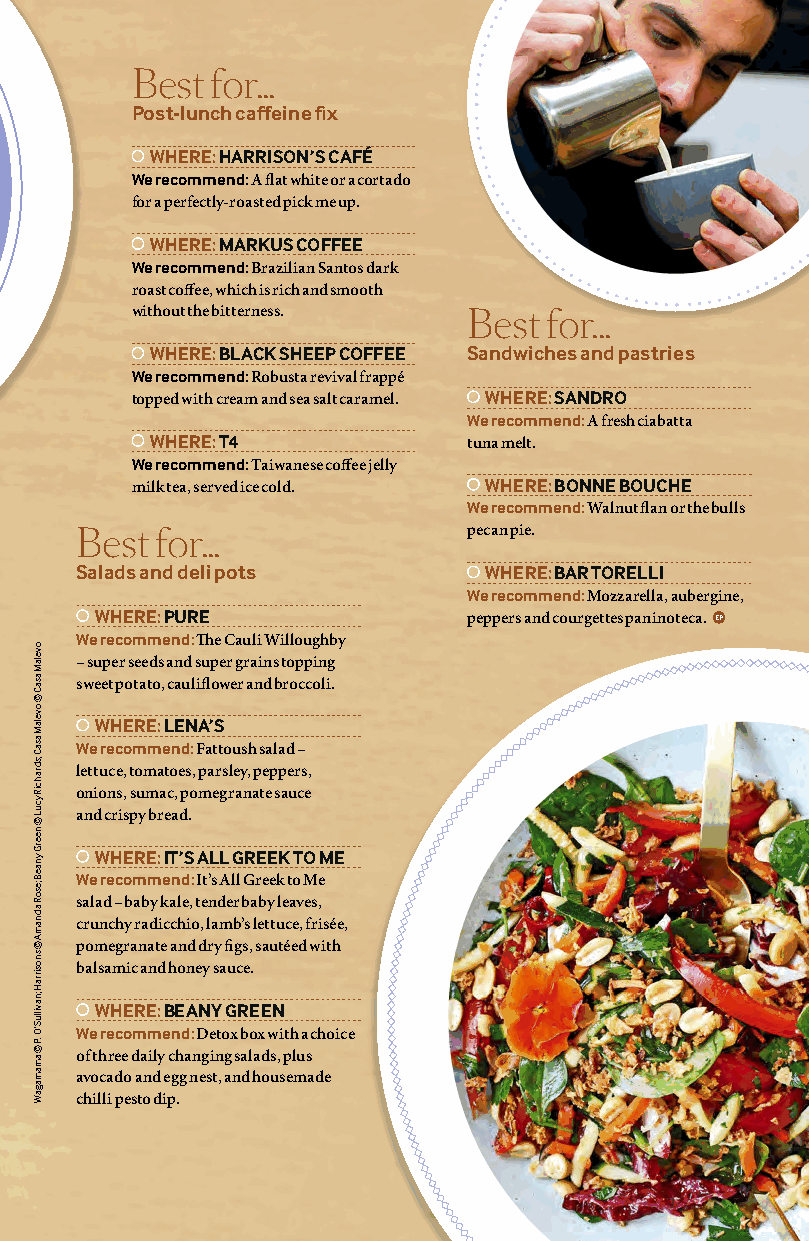
Best for...
 Post-lunch caffeine fix
 WHERE: HARRISON’S CAFÉ
 We recommend: A flat white or a cortado
 for a perfectly-roasted pick me up.
 WHERE: MARKUS COFFEE
 We recommend: Brazilian Santos dark
 roast coffee, which is rich and smooth
 without the bitterness. Best for...
 WHERE: BLACK SHEEP COFFEE Sandwiches and pastries
 We recommend: Robusta revival frappé
 topped with cream and sea salt caramel. WHERE: SANDRO
 We recommend: A fresh ciabatta
 WHERE: T4            tuna melt.
 We recommend: Taiwanese coffee jelly
 milk tea, served ice cold. WHERE: BONNE BOUCHE
 We recommend: Walnut flan or the bulls
 Best for...               pecan pie.
 Salads and deli pots       WHERE: BAR TORELLI
 We recommend: Mozzarella, aubergine,
 WHERE: PURE              peppers and courgettes paninoteca. EP
 We recommend: THe Cauli Willoughby
 – super seeds and super grains topping
 sweet potato, cauliflower and broccoli.
 WHERE: LENA’S
 We recommend: Fattoush salad –
 lettuce, tomatoes, parsley, peppers,
 onions, sumac, pomegranate sauce
 and crispy bread.
 WHERE: IT’S ALL GREEK TO ME
 We recommend: It’s All Greek to Me
 salad – baby kale, tender baby leaves,
 crunchy radicchio, lamb’s lettuce, frisée,
 pomegranate and dry figs, sautéed with
 balsamic and honey sauce.
 WHERE: BEANY GREEN
 We recommend: Detox box with a choice
 of three daily changing salads, plus
 avocado and egg nest, and housemade
 chilli pesto dip.
 2021/2022 11
 ovelaM
 asaC
 ©
 ovelaM
 asaC
 ;sdrahciR
 ycuL
 ©
 neerG
 ynaeB
 ;esoR
 adnamA
 ©
 snosirraH
 ;navilluS’O
 .P
 © amamagaW